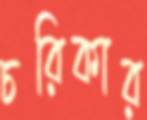
চরিকার